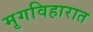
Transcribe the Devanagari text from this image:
मृगविहारात